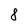
Character: 8